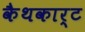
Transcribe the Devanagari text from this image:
कैथकार्ट